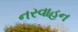
નરવાહન